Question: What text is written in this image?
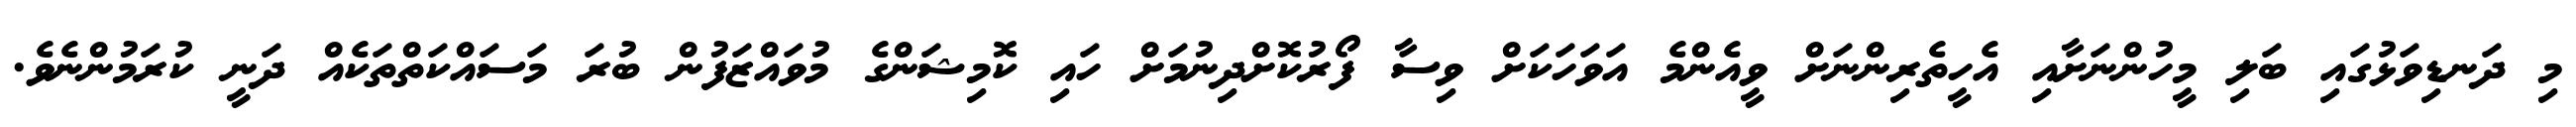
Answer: މި ދަނޑިވަޅުގައި ބަލި މީހުންނަށާއި އެހީތެރިންނަށް ވީއެންމެ އަވަހަކަށް ވިސާ ފޯރުކޮށްދިނުމަށް ހައި ކޮމިޝަންގެ މުވައްޒަފުން ބުރަ މަސައްކަތްތަކެއް ދަނީ ކުރަމުންނެވެ.